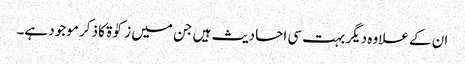
ان کے علاوہ دیگر بہت سی احادیث ہیں جن میں زکوٰۃ کا ذکر موجود ہے۔